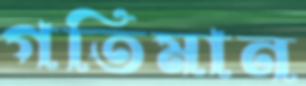
গতিমান